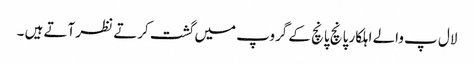
لال پ والے اہلکار پانچ پانچ کے گروپ میں گشت کرتے نظر آتے ہیں ۔